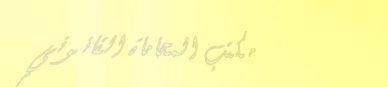
مكتب المحاماة القانوني